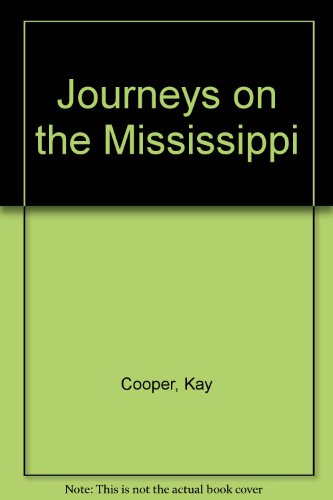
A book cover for Journeys on the Mississippi; Kay Cooper; Travel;